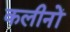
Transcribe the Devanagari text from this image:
कलीनों